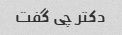
دکتر چی گفت